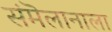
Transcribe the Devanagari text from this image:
संमॆलानाला